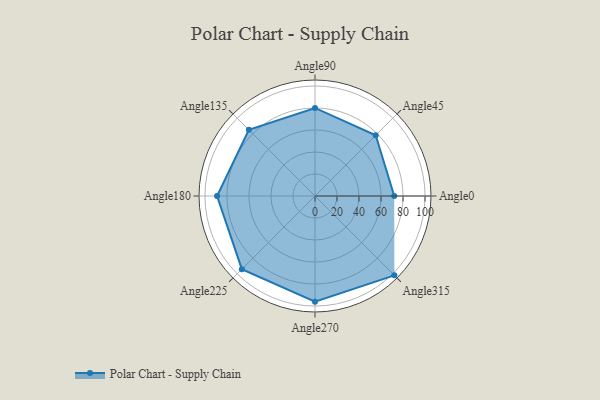
{"axis": {"x": "Angle", "y": "Radius"}, "legend": [""], "data": [{"x": "Angle0", "y": 72.0, "type": ""}, {"x": "Angle45", "y": 78.0, "type": ""}, {"x": "Angle90", "y": 80.0, "type": ""}, {"x": "Angle135", "y": 85.0, "type": ""}, {"x": "Angle180", "y": 89.0, "type": ""}, {"x": "Angle225", "y": 94.0, "type": ""}, {"x": "Angle270", "y": 96.0, "type": ""}, {"x": "Angle315", "y": 102.0, "type": ""}]}